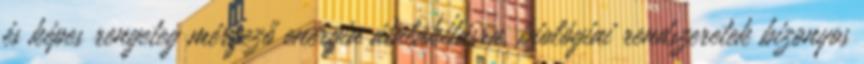
és képes rengeteg mérgező energia átalakításra, biológiai rendszeretek bizonyos